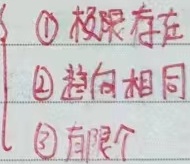
\begin{cases}
\text{\textcircled{1} 极限存在 }\\
\text{\textcircled{2} 趋向相同 }\\
\text{\textcircled{3} 有限个}
\end{cases}